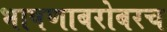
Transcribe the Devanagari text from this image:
भाषणाबरोबरच